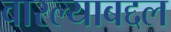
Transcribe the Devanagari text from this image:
वारल्याबद्दल